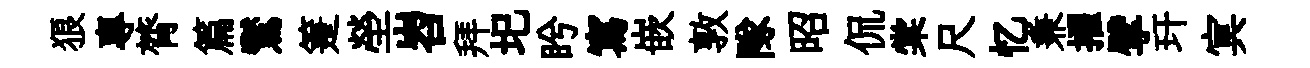
狼專膂篇鸑箑塋岧拜圯盻寫嵌敦隊昭侃棠尺忆兼擢擘玕㝠